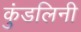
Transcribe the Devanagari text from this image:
कुंडलिनी